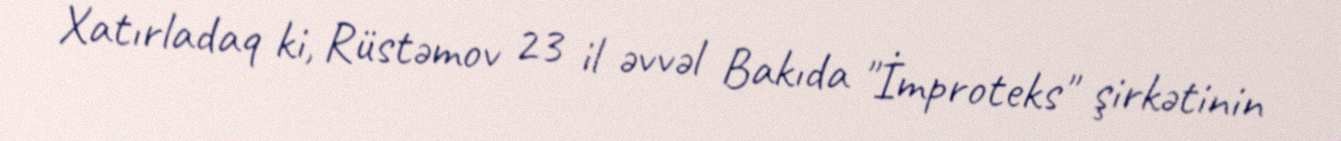
Xatırladaq ki, Rüstəmov 23 il əvvəl Bakıda "İmproteks" şirkətinin